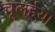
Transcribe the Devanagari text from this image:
चूलईया